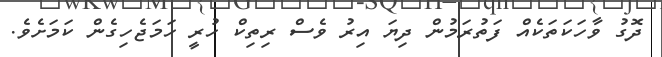
ދޮގު ވާހަކަތަކެއް ފަތުރަމުން ދިޔަ އިރު ވެސް ރިތިކް ހުރީ ހަމަޖެހިގެން ކަމަށެވެ.